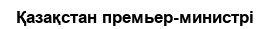
Қазақстан премьер-министрі